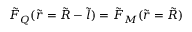
\tilde { F } _ { Q } ( \tilde { r } = \tilde { R } - \tilde { l } ) = \tilde { F } _ { M } ( \tilde { r } = \tilde { R } )